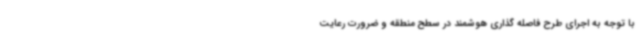
با توجه به اجرای طرح فاصله گذاری هوشمند در سطح منطقه و ضرورت رعایت